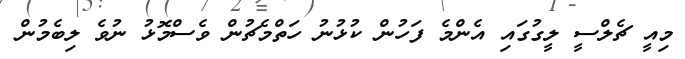
މިއީ ޗެލްސީ ލީގުގައި އެންމެ ފަހުން ކުޅުނު ހަތްމެޗުން ވެސްމޮޅު ނުވެ ލިބެމުން